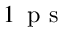
1 \, \mathrm { ~ p ~ s ~ }